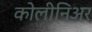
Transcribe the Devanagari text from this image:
कोलीनिअर